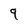
Character: 9